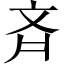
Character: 斉